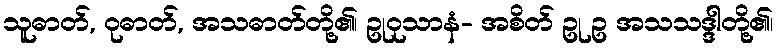
သူဓာတ်, ဝုဓာတ်, အသဓာတ်တို့၏၊ ဥုဝုသာနံ- အစိတ် ဥု ဥ အသသဒ္ဒါတို့၏၊